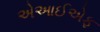
એઆઈએફ